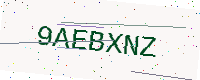
Text: 9AEBXNZ